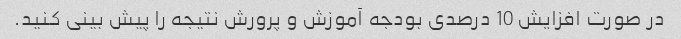
در صورت افزایش 10 درصدی بودجه آموزش و پرورش نتیجه را پیش بینی کنید.